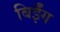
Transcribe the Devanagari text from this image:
बिईँग